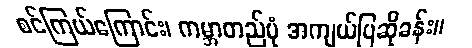
စင်ကြယ်ကြောင်း၊ ကမ္ဘာတည်ပုံ အကျယ်ပြဆိုခန်း။